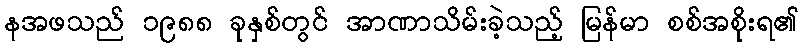
နအဖသည် ၁၉၈၈ ခုနှစ်တွင် အာဏာသိမ်းခဲ့သည့် မြန်မာ စစ်အစိုးရ၏